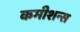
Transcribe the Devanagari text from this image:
कमीशन्स